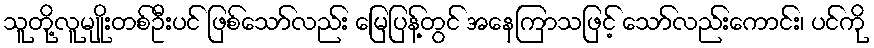
သူတို့လူမျိုးတစ်ဦးပင် ဖြစ်သော်လည်း မြေပြန့်တွင် အနေကြာသဖြင့် သော်လည်းကောင်း၊ ပင်ကို